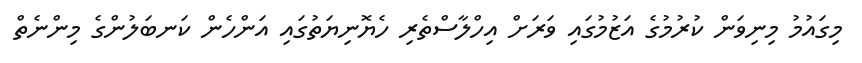
މިގައުމު މިނިވަން ކުރުމުގެ އަޒުމުގައި ވަރަށް އިހްލާސްތެރި ހެޔޮނިޔަތުގައި އަންހެން ކަނބަލުންގެ މިންނެތް